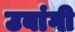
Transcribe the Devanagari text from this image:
उबांगी